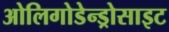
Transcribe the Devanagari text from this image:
ओलिगोडेन्ड्रोसाइट